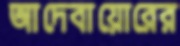
আদেবায়োরের